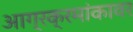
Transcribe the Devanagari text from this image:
आग्रक्रमांकावर